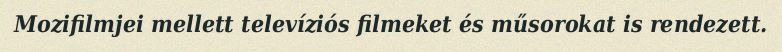
Mozifilmjei mellett televíziós filmeket és műsorokat is rendezett.